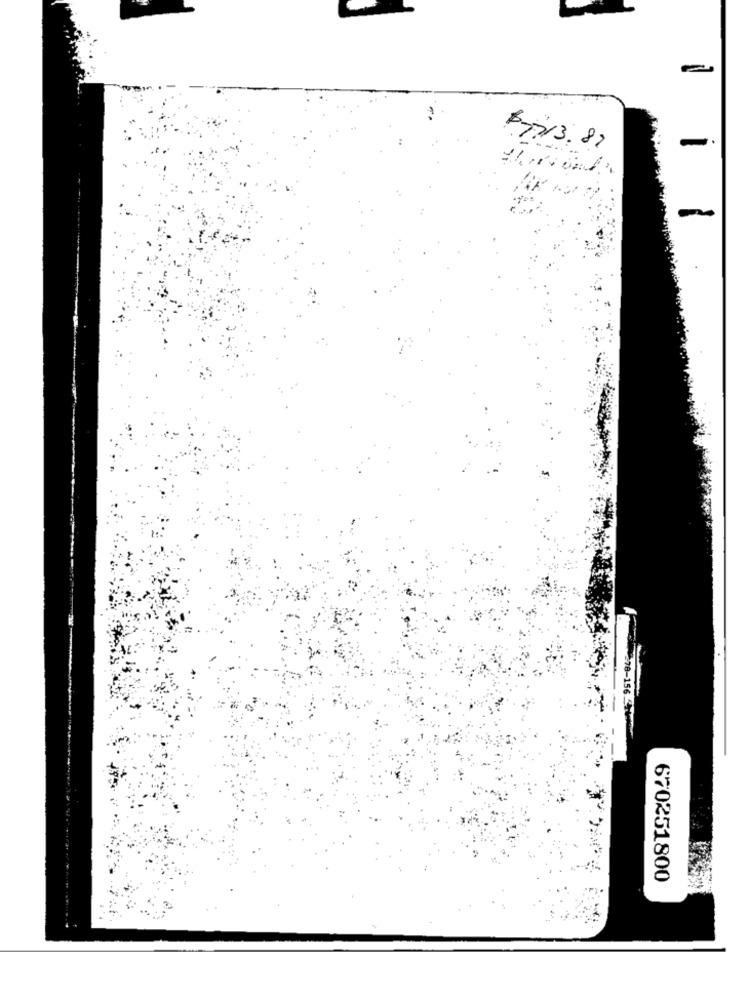
$7,13.81
278-156
670251800